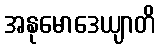
အနုမောဒေယျာတိ